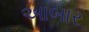
આબાર